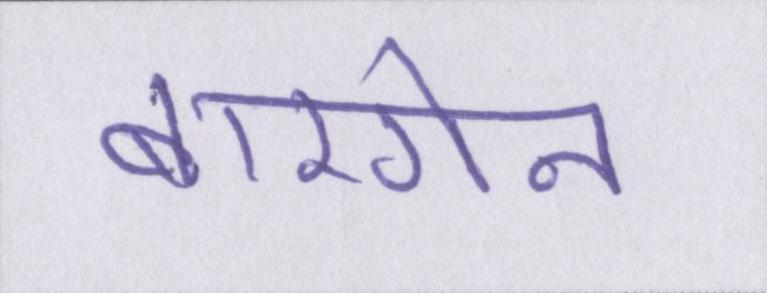
बारगेन